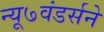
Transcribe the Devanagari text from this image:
न्यू७वंडर्सने